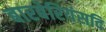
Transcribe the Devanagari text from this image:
बारबेरियंसदि